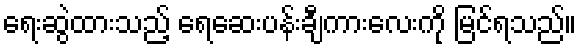
ရေးဆွဲထားသည့် ရေဆေးပန်းချီကားလေးကို မြင်ရသည်။